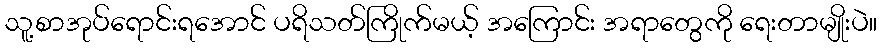
သူ့စာအုပ်ရောင်းရအောင် ပရိသတ်ကြိုက်မယ့် အကြောင်း အရာတွေကို ရေးတာမျိုးပဲ။